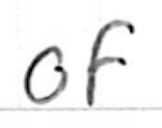
Text: of
Cross-out: clean
Writing tool: ballpoint